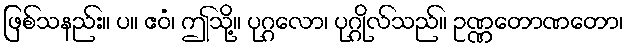
ဖြစ်သနည်း။ ပ။ ဧဝံ၊ ဤသို့။ ပုဂ္ဂလော၊ ပုဂ္ဂိုလ်သည်။ ဥဏ္ဏတောဏတော၊